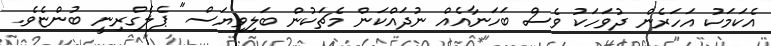
އެކަމަކު އަހަރެން ދުވަހަކު ވެސް ބަހަނާއެއް ނުދައްކަން މެޗަކުން ބަލިވިޔަސް" ޕެލެގްރިނީ ބުންޏެވެ.